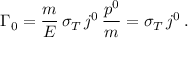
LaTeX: \Gamma _ { 0 } = \frac { m } { E } \, \sigma _ { T } \, j ^ { 0 } \, \frac { p ^ { 0 } } { m } = \sigma _ { T } \, j ^ { 0 } \, .